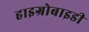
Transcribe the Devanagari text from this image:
हाइग्रोबाइडी